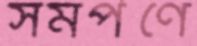
সমর্পণে